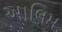
આલિમ